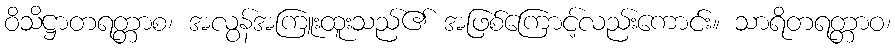
ဝိသိဋ္ဌာတရတ္တာစ၊ အလွန်အကြူးထူးသည်၏ အဖြစ်ကြောင့်လည်းကောင်း။ သာရိတရတ္တာဝ၊